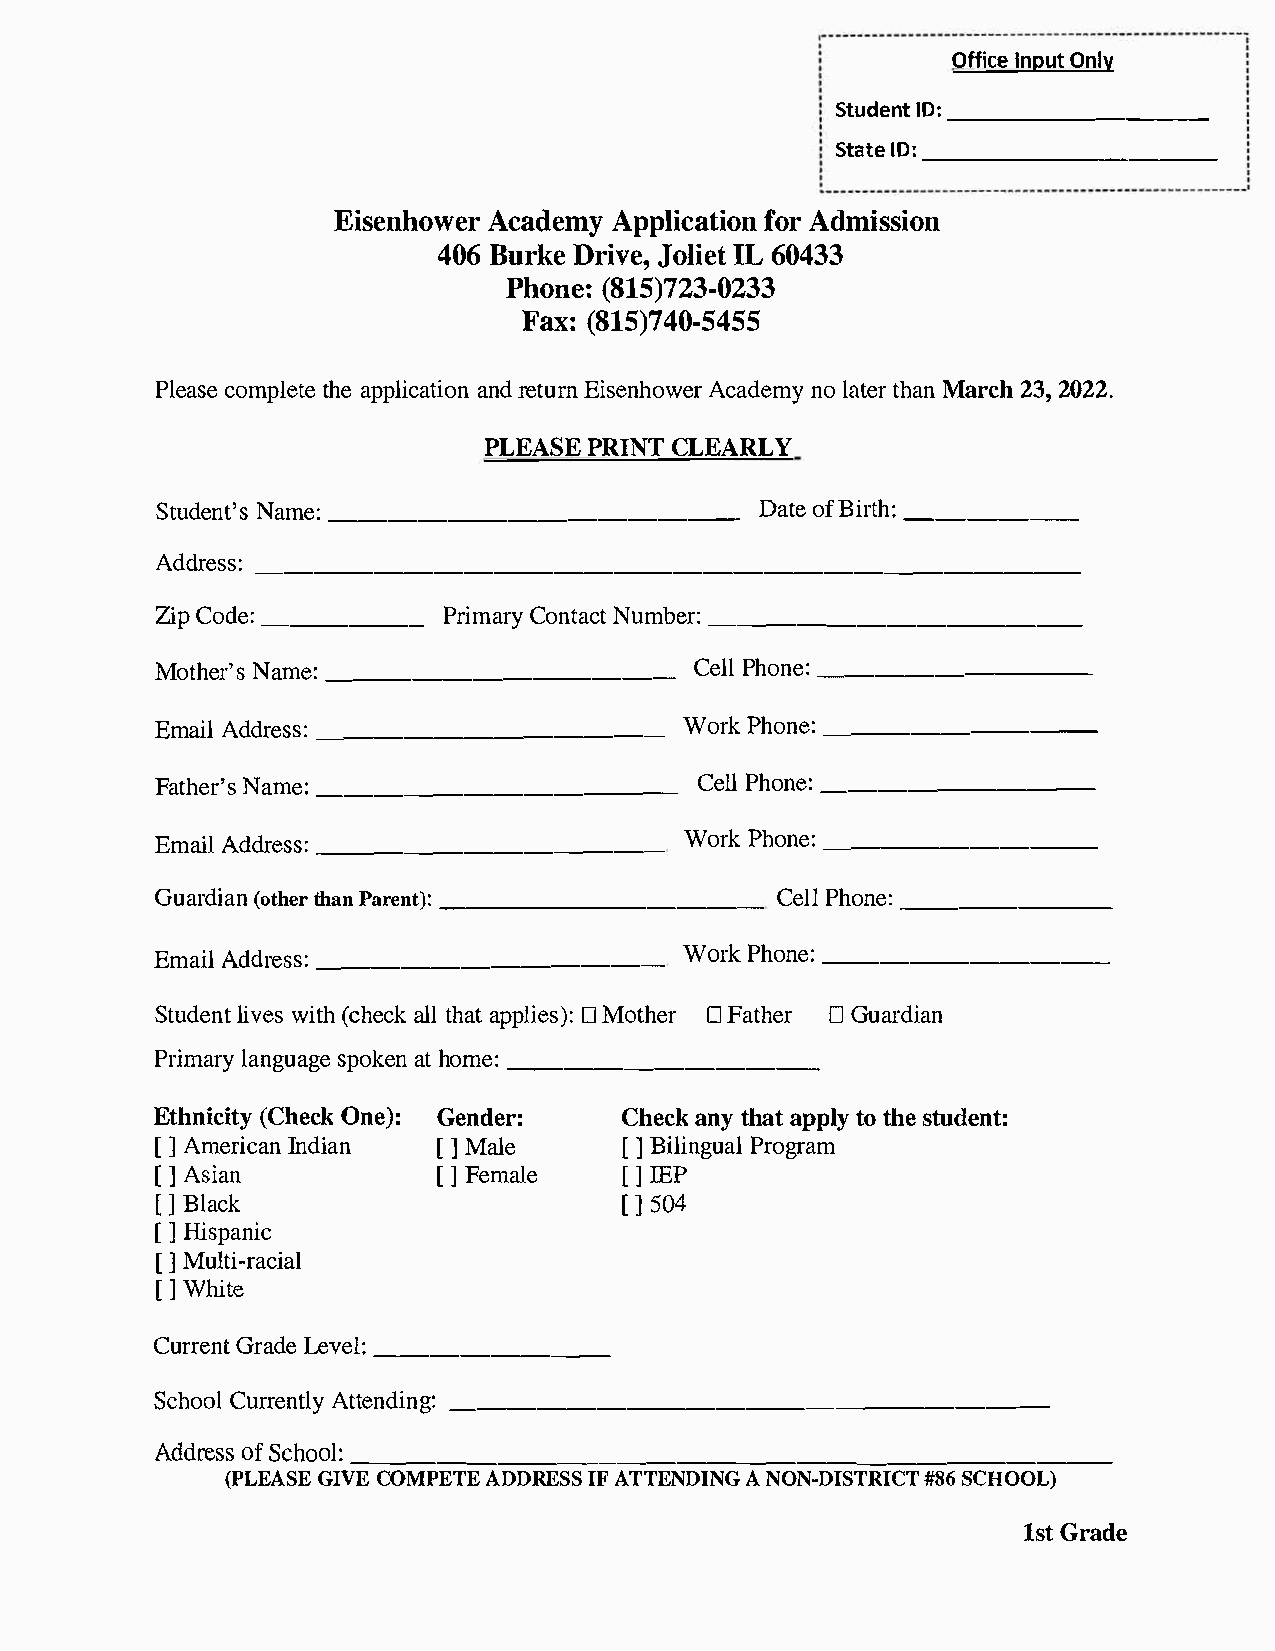
OffiIcnepO untl y
 StudIeD_n:_t _ _____   _
 StaItD_e:_ _______      _
 EisenAhcoawdeAerpm     pyl ifcoaArtd imoins sion
 40B6u  rDkrei  Jvoel,Ii L6e 0t4 33
 Phon(e8:1   5)723-0233
 Fax(:8  15)740-5455
 Plecaosmep tlheet ea papnlrdie ctEauitrsineo nnAh coawdyene roml attheMaran r 2c3h2, 0 22.
 PLEAPSREI   NCTL EARLY
 StudNeanmt:_e' _s_ _____    _____    _  DatoefB ir_t_h_:_ _  _
 Addre:_s s__________         ________________               _
 ZpiC od_e_:____    PrimCaornytN aucmtb_ e_r_:_ ________     _
 MothNearm'_es_: _ ___  _____     _  CePlhlo _n_e_:_ _ ___   _
 EmaAidld  r_e_s_s_:_ __  __  ___   WorPkh  o_n_e_:_ _ ___   _
 FathNearm'_es_: _ ______     __  _  CePlhlo _n_e_:_ ____    _
 EmaAidld  r_e_s_s:_ ____   ___   _ WorPkh  o_n_e_:_ ____    _
 )
 Guar(doitathhneaPr na re:n t___________  CePlhlo  _n_e:_ ___ _
 EmaAiddlr e:_s _s____  ___  __  _  WorPkh  o_n_e_:_ _____     _
 Studleinvwtei s(tc hh eacltklh a apptl ) i:□ e Ms oth□ eFr a th□ eGr u ardian
 Primlaarnyg supaogakehte o nm _e_:_ _______ _
 Ethn(iCchieOtcnyke )G:e nder:C   heacnkty h aaptp tloty hs et udent:
 [ AmJe riIcnadnia n[ MJa le    [ BJ i liPnrgougarla m
 [ J A sian         [ FeJm ale  [ IBJP
 [ BJ l ack                     [J 50 4
 [   J
 Hispanic
 [J M ulti-racial
 J
 [ White
 CurrGernaLtde ev _e_l_:_ ___ _
 SchCouorlr  Aetnttelg:ny d _i__n_______ ____   _____     _
 (PLEAGISVECE O MPEATDED REISFAS T TENDAIN NOGN -DIS#T8RS6IC CHTO OL)
 1sGtr ade
 A d d r o e fS s c s h o_ o_ l_ :_ _ _ _ _ _ _ _ _ _ _ _ _ _ _ _ _ _ _ _ _ _ _